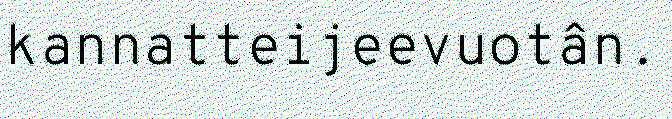
kannatteijeevuotân.